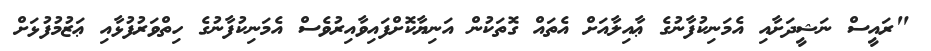
"ރައީސް ނަޝީދަށާއި އެމަނިކުފާނުގެ ޢާއިލާއަށް އެތައް ގޮތަކުން އަނިޔާކޮށްފައިވާއިރުވެސް އެމަނިކުފާނުގެ ހިތްވަރުފުޅާއި ޢަޒުމުފުޅަށް